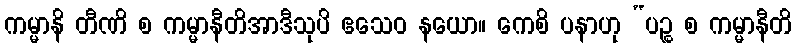
ကမ္မာနိ တီဏိ စ ကမ္မာနီတိအာဒီသုပိ ဧသေဝ နယော။ ကေစိ ပနာဟု “ပဉ္စ စ ကမ္မာနီတိ